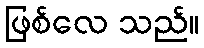
ဖြစ်လေ သည်။